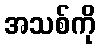
အသစ်ကို